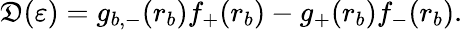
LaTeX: \mathfrak{D}(\varepsilon)=g_{b,-}(r_{b})f_{+}(r_{b})-g_{+}(r_{b})f_{-}(r_{b}).